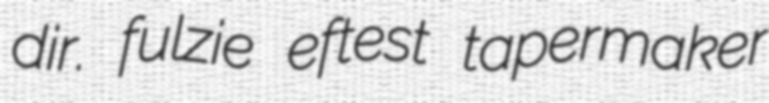
dir. fulzie eftest tapermaker